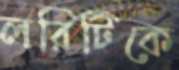
লরিটিকে